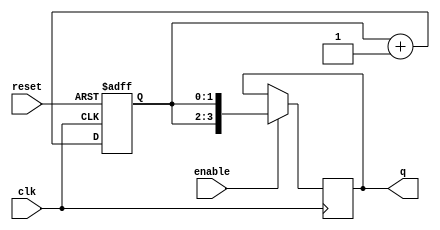
module johnson_counter_with_enable (
    input wire clk,
    input wire reset,
    input wire enable,
    output reg [3:0] q
);

// Define internal signals
reg [1:0] state;

// Synchronous reset
always @(posedge clk or posedge reset)
begin
    if (reset)
        state <= 2'b00;
    else
        state <= state + 1;
end

// Synchronous enable functionality
always @(posedge clk)
begin
    if (enable)
        q <= {state, state};
end

endmodule